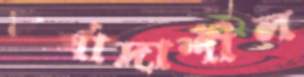
মর্যাদাশীল